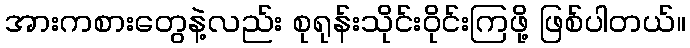
အားကစားတွေနဲ့လည်း စုရုန်းသိုင်းဝိုင်းကြဖို့ ဖြစ်ပါတယ်။